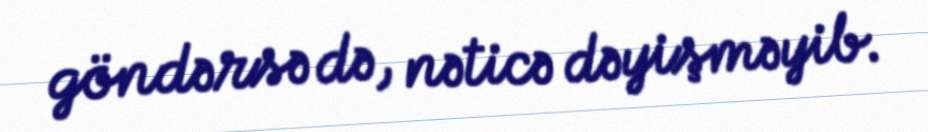
göndərsə də, nəticə dəyişməyib.